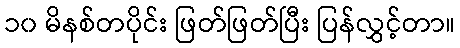
၁၀ မိနစ်တပိုင်း ဖြတ်ဖြတ်ပြီး ပြန်လွှင့်တာ။